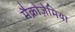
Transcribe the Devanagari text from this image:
मैक्रोज़ेमिया